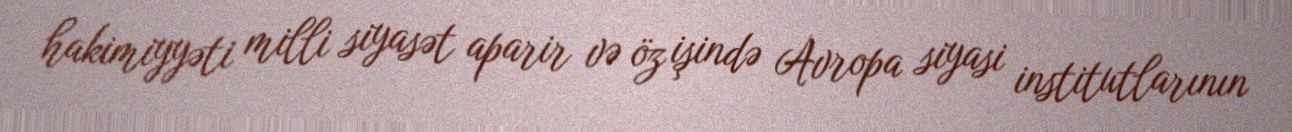
hakimiyyəti milli siyasət aparir və öz işində Avropa siyasi institutlarının